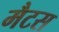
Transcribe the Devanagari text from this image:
मैटस